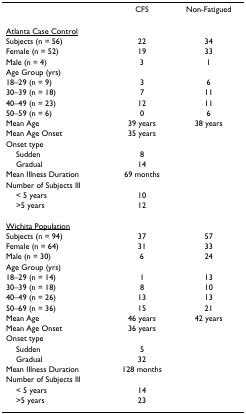
<table><thead><tr><td></td><td><b>CFS</b></td><td><b>Non-Fatigued</b></td></tr></thead><tbody><tr><td><underline>Atlanta Case Control</underline></td><td></td><td></td></tr><tr><td>Subjects (n = 56)</td><td>22</td><td>34</td></tr><tr><td>Female (n = 52)</td><td>19</td><td>33</td></tr><tr><td>Male (n = 4)</td><td>3</td><td>1</td></tr><tr><td>Age Group (yrs)</td><td></td><td></td></tr><tr><td>18–29 (n = 9)</td><td>3</td><td>6</td></tr><tr><td>30–39 (n = 18)</td><td>7</td><td>11</td></tr><tr><td>40–49 (n = 23)</td><td>12</td><td>11</td></tr><tr><td>50–59 (n = 6)</td><td>0</td><td>6</td></tr><tr><td>Mean Age</td><td>39 years</td><td>38 years</td></tr><tr><td>Mean Age Onset</td><td>35 years</td><td></td></tr><tr><td>Onset type</td><td></td><td></td></tr><tr><td> Sudden</td><td>8</td><td></td></tr><tr><td> Gradual</td><td>14</td><td></td></tr><tr><td>Mean Illness Duration</td><td>69 months</td><td></td></tr><tr><td>Number of Subjects Ill</td><td></td><td></td></tr><tr><td> &lt; 5 years</td><td>10</td><td></td></tr><tr><td> &gt;5 years</td><td>12</td><td></td></tr><tr><td><underline>Wichita Population</underline></td><td></td><td></td></tr><tr><td>Subjects (n = 94)</td><td>37</td><td>57</td></tr><tr><td>Female (n = 64)</td><td>31</td><td>33</td></tr><tr><td>Male (n = 30)</td><td>6</td><td>24</td></tr><tr><td>Age Group (yrs)</td><td></td><td></td></tr><tr><td>18–29 (n = 14)</td><td>1</td><td>13</td></tr><tr><td>30–39 (n = 18)</td><td>8</td><td>10</td></tr><tr><td>40–49 (n = 26)</td><td>13</td><td>13</td></tr><tr><td>50–69 (n = 36)</td><td>15</td><td>21</td></tr><tr><td>Mean Age</td><td>46 years</td><td>42 years</td></tr><tr><td>Mean Age Onset</td><td>36 years</td><td></td></tr><tr><td>Onset type</td><td></td><td></td></tr><tr><td> Sudden</td><td>5</td><td></td></tr><tr><td> Gradual</td><td>32</td><td></td></tr><tr><td>Mean Illness Duration</td><td>128 months</td><td></td></tr><tr><td>Number of Subjects Ill</td><td></td><td></td></tr><tr><td> &lt; 5 years</td><td>14</td><td></td></tr><tr><td> &gt;5 years</td><td>23</td><td></td></tr></tbody></table>